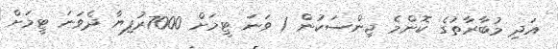
އަދި މުބާރާތުގެ ކޮންމެ ޖިންސަކުން 1 ވަނަ ޓީމަށް 7000ރުފިޔާ ދެވަނަ ޓީމަށް